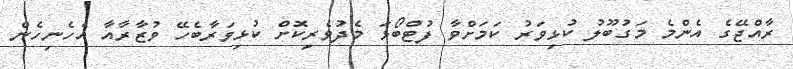
ރާއްޖޭގެ އެންމެ މަގުބޫލު ކުޅިވަރު ކަމަށްވާ ފުޓްބޯޅަ މެދުވެރިކޮށް ކުޅިވަރާބެހޭ ވުޒާރާއާ އެހެނިހެން